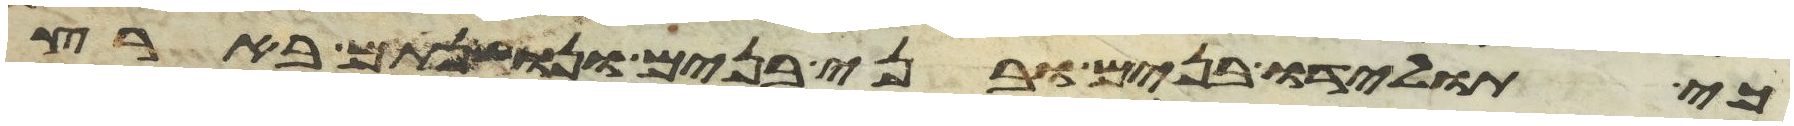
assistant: כי תולידו בנים ובני בנים ונושנתם בארץ